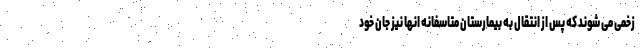
زخمی می شوند که پس از انتقال به بیمارستان متاسفانه انها نیز جان خود